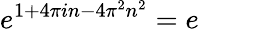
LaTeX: e^{1+4\pi in-4\pi^{2}n^{2}}=e\qquad